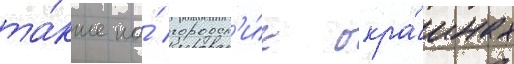
та́кже на́ городск'и́х окра́инах